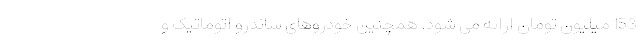
153 میلیون تومان ارائه می شود. همچنین خودروهای ساندرو اتوماتیک و